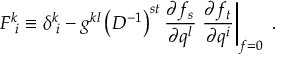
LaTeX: F ^ { k } \! _ { i } \equiv \delta ^ { k } \! _ { i } - g ^ { k l } \left( D ^ { - 1 } \right) ^ { s t } \frac { \partial f _ { s } } { \partial q ^ { l } } \left. \frac { \partial f _ { t } } { \partial q ^ { i } } \right| _ { f = 0 } \; .